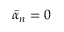
\bar { \alpha } _ { n } = 0